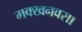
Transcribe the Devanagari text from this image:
मक्खनवसा